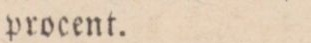
procent.